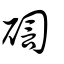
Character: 𥔀